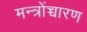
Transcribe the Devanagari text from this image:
मन्त्रोंच्चारण